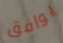
يوافق